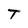
Character: T